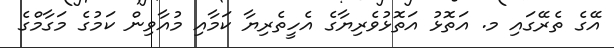
އޭގެ ތެރޭގައި މ. އަތޮޅު އަތޮޅުވެރިޔާގެ އެހީތެރިޔާ ކަމާއި މުއާވިން ކަމުގެ މަގާމްގެ